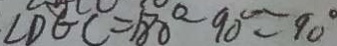
\angle D G C = 1 8 0 ^ { \circ } - 9 0 ^ { \circ } = 9 0 ^ { \circ }